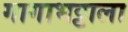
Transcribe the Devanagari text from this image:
गागाभट्टाला